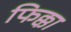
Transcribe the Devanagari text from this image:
फिक्का